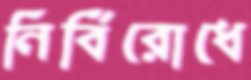
নির্বিরোধে